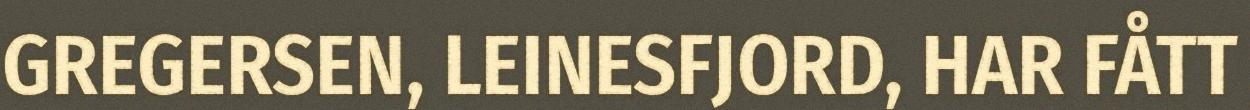
GREGERSEN, LEINESFJORD, HAR FÅTT